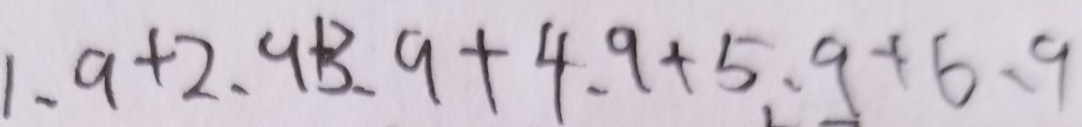
1 . 9 + 2 . 9 + 3 . 9 + 4 . 9 + 5 . 9 + 6 . 9